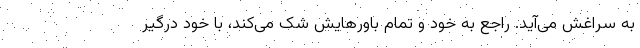
به سراغش می‌آید. راجع به خود و تمام باورهایش شک می‌کند، با خود درگیر